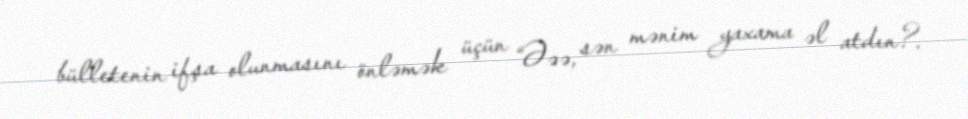
bülletenin ifşa olunmasını önləmək üçün “Əəə, sən mənim yaxama əl atdın?.